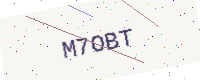
Text: M7OBT